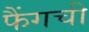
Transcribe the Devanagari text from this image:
फैंगची